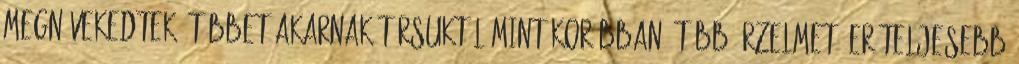
megnövekedtek, többet akarnak társuktól mint korábban, több érzelmet, erőteljesebb